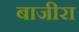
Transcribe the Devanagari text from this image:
बाजीरा